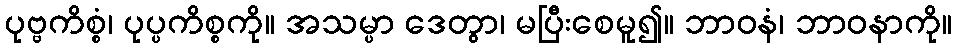
ပုဗ္ဗကိစ္စံ၊ ပုပ္ပကိစ္စကို။ အသမ္ပာ ဒေတွာ၊ မပြီးစေမူ၍။ ဘာဝနံ၊ ဘာဝနာကို။